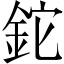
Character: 鉈